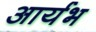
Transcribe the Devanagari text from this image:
आर्यभ